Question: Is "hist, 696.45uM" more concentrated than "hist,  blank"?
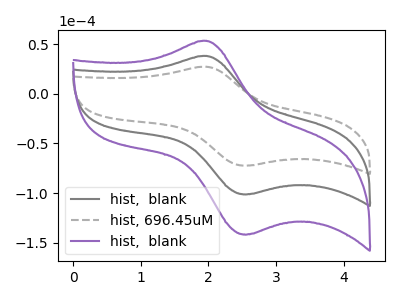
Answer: <think>The gray curve "hist,  blank" has an anodic peak at (1.95V, 38.10uA) and a cathodic peak at (2.60V, -101.20uA). The gray dashed curve "hist, 696.45uM" has an anodic peak at (1.95V, 27.25uA) and a cathodic peak at (2.60V, -72.30uA). The purple curve "hist,  blank" has an anodic peak at (1.95V, 76.25uA) and a cathodic peak at (2.60V, -202.40uA).
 All the peaks in "hist, 696.45uM" have a peak in "hist,  blank" at the same potential. Every peak in "hist, 696.45uM" is lower than every peak in "hist,  blank".</think>
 <answer>"hist, 696.45uM" has less signal than "hist,  blank" and so likely has a lower concentration.</answer>
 <eval>less_concentration</eval>